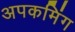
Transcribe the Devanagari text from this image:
अपकमिंग